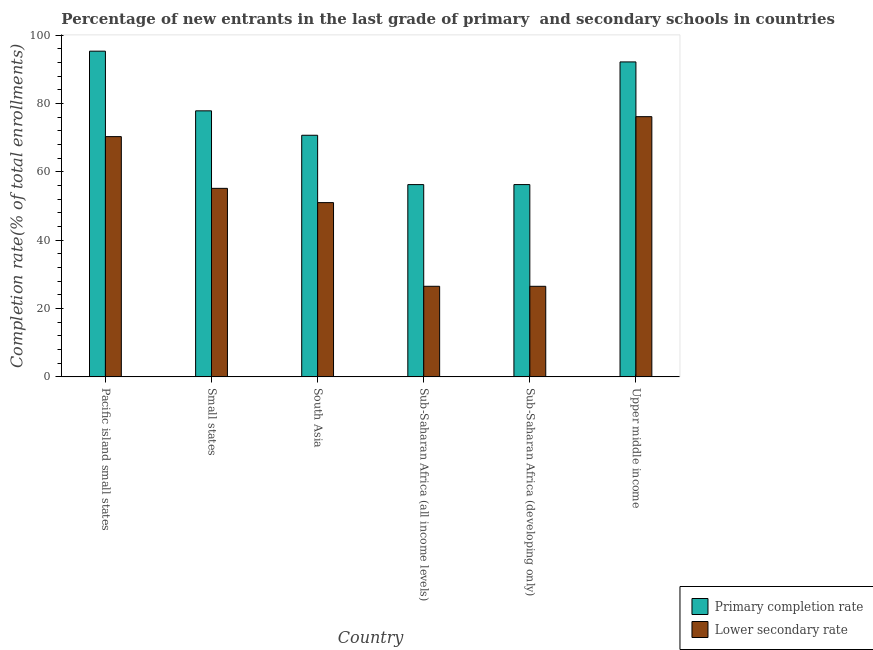
| Country | Primary completion rate | Lower secondary rate |
 | --- | --- | --- |
 | Pacific island small states | 95.3 | 70.3 |
 | Small states | 77.8 | 55.2 |
 | South Asia | 70.7 | 51 |
 | Sub-Saharan Africa (all income levels) | 56.2 | 26.5 |
 | Sub-Saharan Africa (developing only) | 56.3 | 26.5 |
 | Upper middle income | 92.1 | 76.1 |